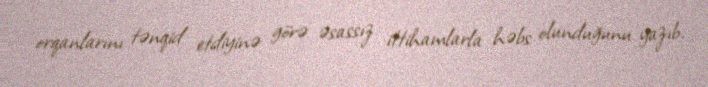
orqanlarını tənqid etdiyinə görə əsassız ittihamlarla həbs olunduğunu yazıb.